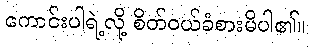
ကောင်းပါရဲ့လို့ စိတ်ဝယ်ခံစားမိပါ၏။